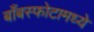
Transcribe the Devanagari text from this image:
बाँबस्फोटामध्ये